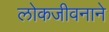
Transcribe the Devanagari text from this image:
लोकजीवनाने